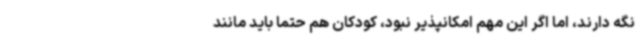
نگه دارند، اما اگر این مهم امکانپذیر نبود، کودکان هم حتما باید مانند